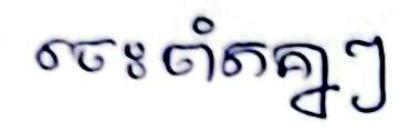
ចេះចាំតគ្នាៗ